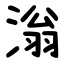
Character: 滃